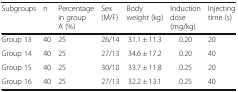
<table><thead><tr><td><b>Subgroups</b></td><td><b>n</b></td><td><b>Percentage in group A (%)</b></td><td><b>Sex (M/F)</b></td><td><b>Body weight (kg)</b></td><td><b>Induction dose (mg/kg)</b></td><td><b>Injecting time (s)</b></td></tr></thead><tbody><tr><td>Group 13</td><td>40</td><td>25</td><td>26/14</td><td>31.1 ± 11.3</td><td>0.20</td><td>20</td></tr><tr><td>Group 14</td><td>40</td><td>25</td><td>27/13</td><td>34.6 ± 17.2</td><td>0.20</td><td>40</td></tr><tr><td>Group 15</td><td>40</td><td>25</td><td>30/10</td><td>33.7 ± 11.8</td><td>0.25</td><td>20</td></tr><tr><td>Group 16</td><td>40</td><td>25</td><td>27/13</td><td>32.2 ± 13.1</td><td>0.25</td><td>40</td></tr></tbody></table>